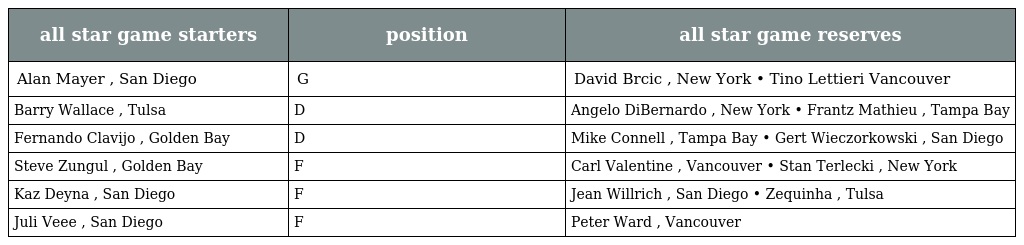
| all star game starters | position | all star game reserves |
 | --- | --- | --- |
 | Alan Mayer , San Diego | G | David Brcic , New York • Tino Lettieri Vancouver |
 | Barry Wallace , Tulsa | D | Angelo DiBernardo , New York • Frantz Mathieu , Tampa Bay |
 | Fernando Clavijo , Golden Bay | D | Mike Connell , Tampa Bay • Gert Wieczorkowski , San Diego |
 | Steve Zungul , Golden Bay | F | Carl Valentine , Vancouver • Stan Terlecki , New York |
 | Kaz Deyna , San Diego | F | Jean Willrich , San Diego • Zequinha , Tulsa |
 | Juli Veee , San Diego | F | Peter Ward , Vancouver |